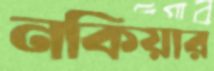
নকিয়ার